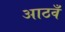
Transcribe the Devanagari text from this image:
आठवँ